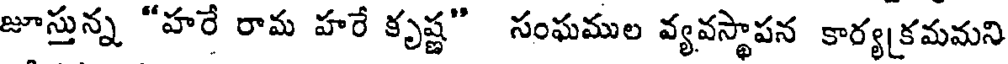
జూస్తున్న "హరే రామ హరే కృష్ణ" సంఘముల వ్యవస్థాపన కార్యక్రమమని